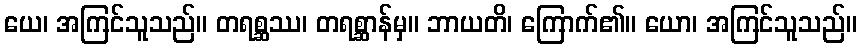
ယေ၊ အကြင်သူသည်။ တရစ္ဆဿ၊ တရစ္ဆာန်မှ။ ဘာယတိ၊ ကြောက်၏။ ယော၊ အကြင်သူသည်။